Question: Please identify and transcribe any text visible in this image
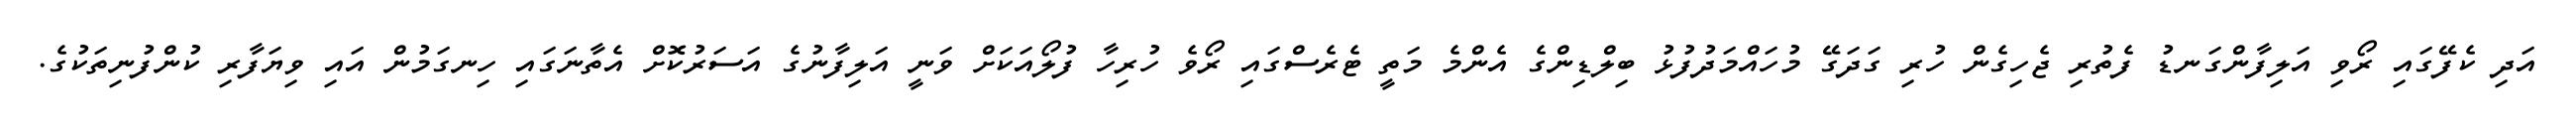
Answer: އަދި ކެފޭގައި ރޯވި އަލިފާންގަނޑު ފެތުރި ޖެހިގެން ހުރި ގަދަގޭ މުހައްމަދުފުޅު ބިލްޑިންގެ އެންމެ މަތީ ޓެރެސްގައި ރޯވެ ހުރިހާ ފުލޯއަކަށް ވަނީ އަލިފާނުގެ އަސަރުކޮށް އެތާނަގައި ހިނގަމުން އައި ވިޔަފާރި ކުންފުނިތަކުގެ.